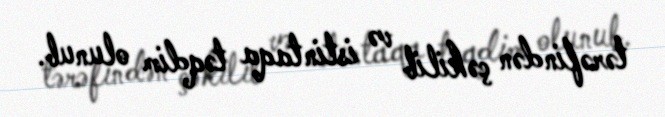
tərəfindən çəkilib və istintaqa təqdim olunub.